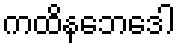
ကထိနဘေဒေါ